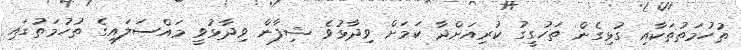
ތުހުމަތުތަކާއި ގުޅިގެން ތަހުގީގު ކުރިއަށްދާ ކަމަށް ވިދާޅުވެ ޝިފާން ވިދާޅުވީ މައްސަލައިގެ ތުހުމަތުގައި